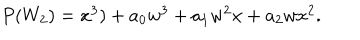
\begin{array} { l c r } { { P ( W _ { 2 } ) = x ^ { 3 } ) + a _ { 0 } w ^ { 3 } + a _ { 1 } w ^ { 2 } x + a _ { 2 } w x ^ { 2 } . } } \\ \end{array}